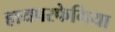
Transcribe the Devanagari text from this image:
हायपरफेगिया